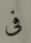
فى